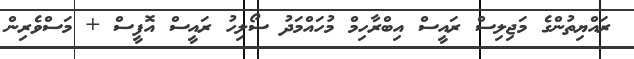
ރައްޔިތުންގެ މަޖިލިސް ރައީސް އިބްރާހިމް މުހައްމަދު ސޯލިހު ރައީސް އޮފީސް + މަސްވެރިން